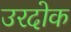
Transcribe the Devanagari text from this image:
उरदोक